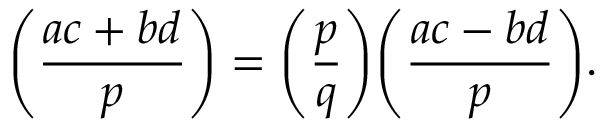
{ \Bigg ( } { \frac { a c + b d } { p } } { \Bigg ) } = { \Bigg ( } { \frac { p } { q } } { \Bigg ) } { \Bigg ( } { \frac { a c - b d } { p } } { \Bigg ) } .